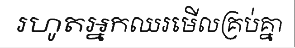
រហូតអ្នកឈរមើលគ្រប់គ្នា